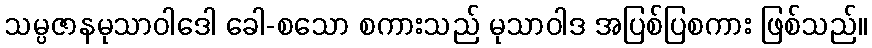
သမ္ပဇာနမုသာဝါဒေါ ခေါ-စသော စကားသည် မုသာဝါဒ အပြစ်ပြစကား ဖြစ်သည်။